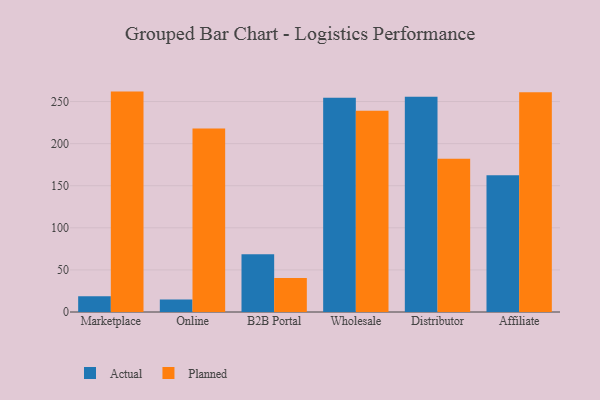
{"axis": {"x": "Channel", "y": "Humidity (%)"}, "legend": ["Actual", "Planned"], "data": [{"x": "Marketplace", "y": 18.8, "type": "Actual"}, {"x": "Marketplace", "y": 261.8, "type": "Planned"}, {"x": "Online", "y": 14.8, "type": "Actual"}, {"x": "Online", "y": 218.1, "type": "Planned"}, {"x": "B2B Portal", "y": 68.6, "type": "Actual"}, {"x": "B2B Portal", "y": 40.3, "type": "Planned"}, {"x": "Wholesale", "y": 254.4, "type": "Actual"}, {"x": "Wholesale", "y": 239.1, "type": "Planned"}, {"x": "Distributor", "y": 255.6, "type": "Actual"}, {"x": "Distributor", "y": 182.1, "type": "Planned"}, {"x": "Affiliate", "y": 162.3, "type": "Actual"}, {"x": "Affiliate", "y": 261.1, "type": "Planned"}]}